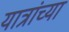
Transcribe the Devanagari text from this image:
यात्रांच्या